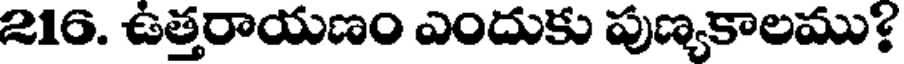
216. ఉత్తరాయణం ఎందుకు పుణ్యకాలము?